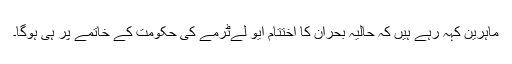
ماہرین کہہ رہے ہیں کہ حالیہ بحران کا اختتام ایو لےٹرمے کی حکومت کے خاتمے پر ہی ہوگا۔